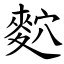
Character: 䴳